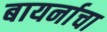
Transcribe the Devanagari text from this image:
बायर्नाचा